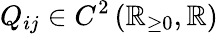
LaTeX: Q_{ij}\in C^{2}\left(\mathbb{R}_{\ge 0},\mathbb{R}\right)